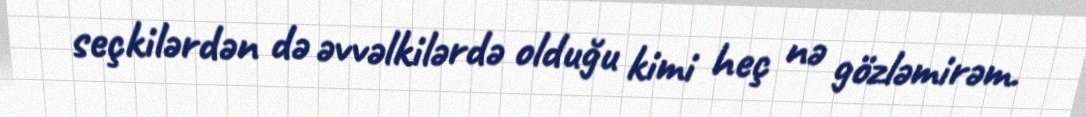
seçkilərdən də əvvəlkilərdə olduğu kimi heç nə gözləmirəm.